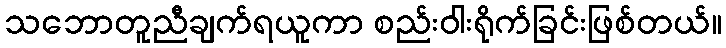
သဘောတူညီချက်ရယူကာ စည်းဝါးရိုက်ခြင်းဖြစ်တယ်။